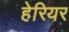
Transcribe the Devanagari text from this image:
हेरियर